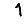
Digit: 1